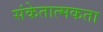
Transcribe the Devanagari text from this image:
संकेतात्मकता